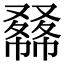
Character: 𠮇